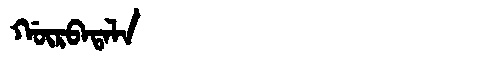
Manchu: ᡤᡡᡵᠪᠠᡨᠠᠯᠠ
Romanization: GŪRBATALA